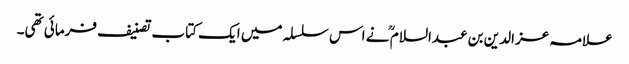
علامہ عز الدین بن عبدالسلام ؒ نے اس سلسلہ میں ایک کتاب تصنیف فرمائی تھی۔